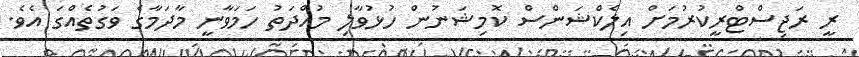
ރީ ރަޖިސްްޓްރީކުރުމަށް އިލެކްޝަންސް ކޮމިޝަނުން ހުޅުވާލި މުއްދަތު ހަމަވާނީ މާދަމާގެ ވަގުތެއްގަ އެވެ.